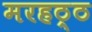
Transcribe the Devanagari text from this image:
मरहठ्ठ